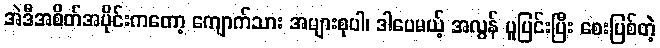
အဲဒီအစိတ်အပိုင်းကတော့ ကျောက်သား အများစုပါ၊ ဒါပေမယ့် အလွန် ပူပြင်းပြီး စေးပြစ်တဲ့